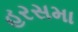
હરસમા